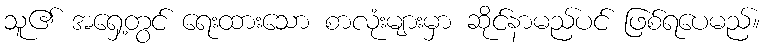
သူ၏ အရှေ့တွင် ရေးထားသော စာလုံးများမှာ ဆိုင်နာမည်ပင် ဖြစ်ရပေမည်။